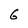
Character: 6